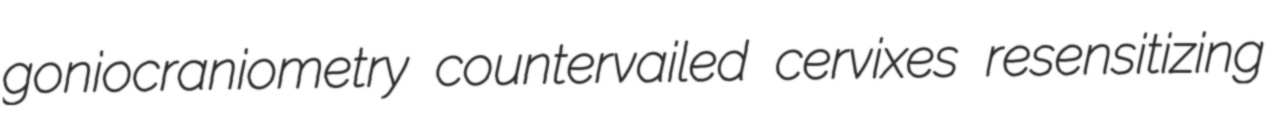
goniocraniometry countervailed cervixes resensitizing